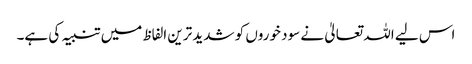
اس لیے اللہ تعالیٰ نے سود خوروں کو شدید ترین الفاظ میں تنبیہ کی ہے۔